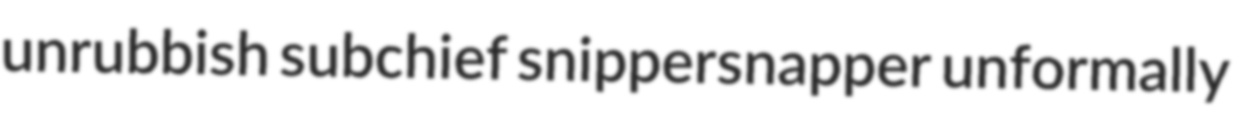
unrubbish subchief snippersnapper unformally